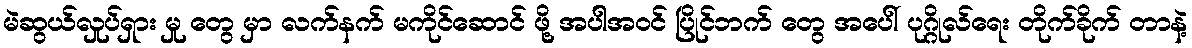
မဲဆွယ်လှုပ်ရှား မှု တွေ မှာ လက်နက် မကိုင်ဆောင် ဖို့ အပါအဝင် ပြိုင်ဘက် တွေ အပေါ် ပုဂ္ဂိုလ်ရေး တိုက်ခိုက် တာနဲ့